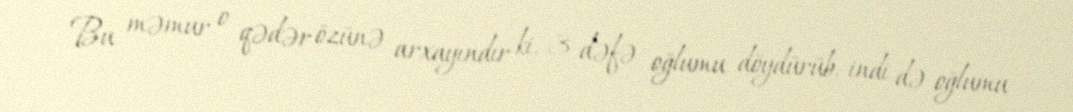
Bu məmur o qədər özünə arxayındır ki, 3 dəfə oğlumu döydürüb, indi də oğlumu